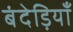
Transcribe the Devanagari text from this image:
बंदेड़ियाँ